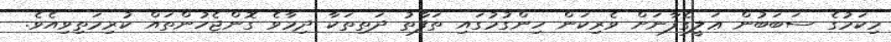
މިކަމުގެ ސަބަބުން ޢަލީގެފާނަށް ވެރިކަން ހިންގުމުގައި ތަފާތު ދަތިތަކާ ދިމާވެ ގޮންޖެހުންތައް ކުރިމަތިވިއެވެ.